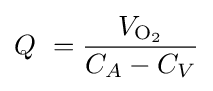
Q\ ={\frac {{V}_{\mathrm {O} {\vphantom {A}}_{\smash[{t}]{2}}}}{{C}_{A}-{C}_{V}}}